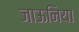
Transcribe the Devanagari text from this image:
जाऊनिया